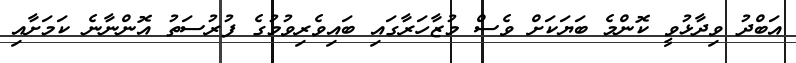
އަބްދު ވިދާޅުވީ ކޮންމެ ބަޔަކަށް ވެސް މުޒާހަރާގައި ބައިވެރިވުމުގެ ފުރުސަތު އޮންނާނެ ކަމަށާއި